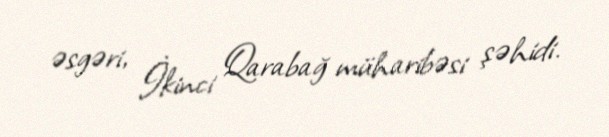
əsgəri, İkinci Qarabağ müharibəsi şəhidi.